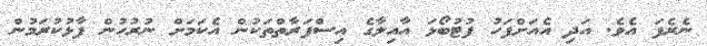
ނެރެފަ އެވެ. އަދި އެއަށްފަހު ފުޓުބޯޅަ އާއިލާގެ އިސްފަރާތްތަކުން އެކަމަށް ނުރުހުން ފާޅުކުރަމުން